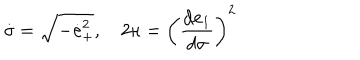
{ \dot { \sigma } } = \sqrt { - { \dot { \bf e } } _ { + } ^ { 2 } } , \quad 2 \kappa = \left( { \frac { d { \bf e } _ { 1 } } { d \sigma } } \right) ^ { 2 }